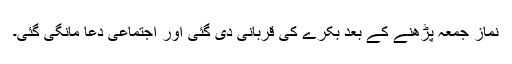
نماز جمعہ پڑھنے کے بعد بکرے کی قربانی دی گئی اور اجتماعی دعا مانگی گئی۔